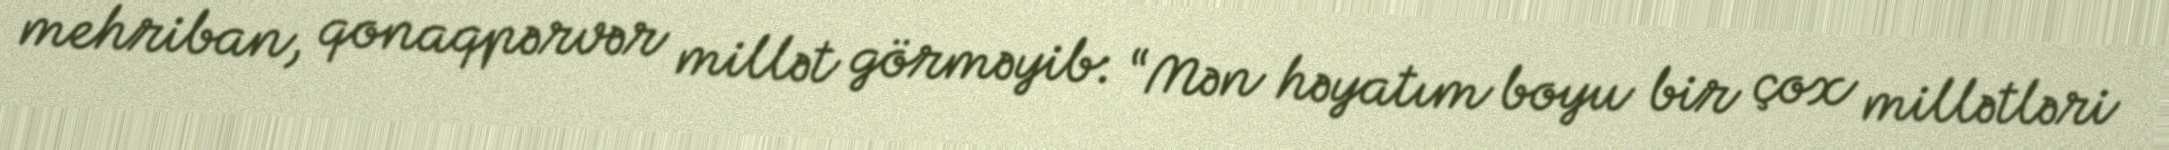
mehriban, qonaqpərvər millət görməyib: “Mən həyatım boyu bir çox millətləri